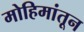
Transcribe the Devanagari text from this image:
मोहिमांतून